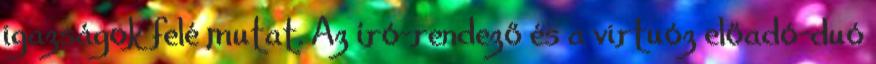
igazságok felé mutat. Az író-rendező és a virtuóz előadó-duó